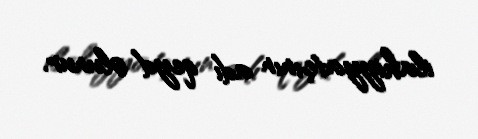
ilahiyyatçının adı qeyd olunur.